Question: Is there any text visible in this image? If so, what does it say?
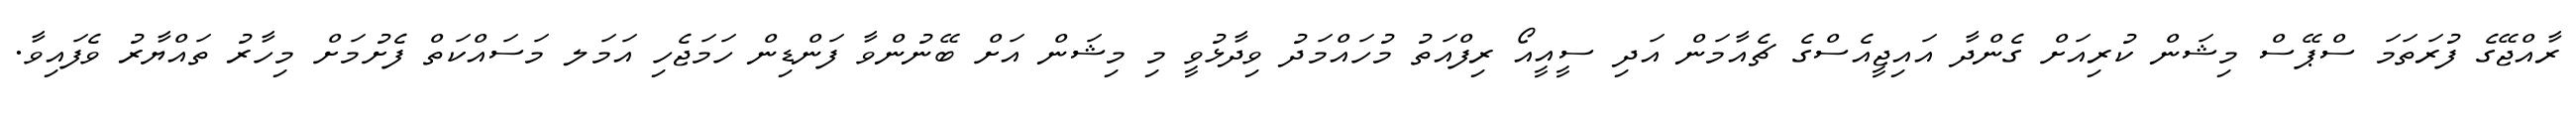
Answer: ރާއްޖޭގެ ފުރަތަމަ ސްޕޭސް މިޝަން ކުރިއަށް ގެންދާ އައިޖީއެސްގެ ޗެއާމަން އަދި ސީއީއޯ ރިފްއަތު މުހައްމަދު ވިދާޅުވީ މި މިޝަން އަށް ބޭނުންވާ ފަންޑިން ހަމަޖެހި އަމަލ މަސައްކަތް ފެށުމަށް މިހާރު ތައްޔާރު ވެފައިވާ.